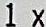
1X